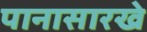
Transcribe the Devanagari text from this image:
पानासारखे